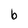
Character: b